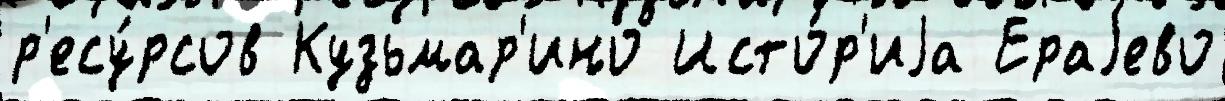
р'есу́рсов Кузьмар'ино Исто́р'иjа Ераjево